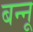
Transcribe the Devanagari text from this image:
बन्‍नू